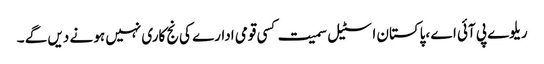
ریلوے پی آئی اے ،پاکستان اسٹیل سمیت کسی قومی ادارے کی نج کاری نہیں ہو نے دیں گے ۔